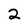
Character: 2